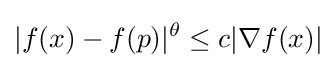
|f(x)-f(p)|^{\theta }\leq c|\nabla f(x)|